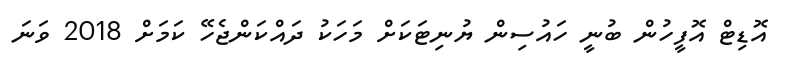
އޮޑިޓް އޮފީހުން ބުނީ ހައުސިން ޔުނިޓަކަށް މަހަކު ދައްކަންޖެހޭ ކަމަށް 2018 ވަނަ